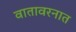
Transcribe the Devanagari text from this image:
वातावरनात